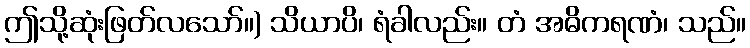
ဤသို့ဆုံးဖြတ်လသော်။) သိယာပိ၊ ရံခါလည်း။ တံ အဓိကရဏံ၊ သည်။